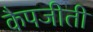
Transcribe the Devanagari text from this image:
कैपजीतीं